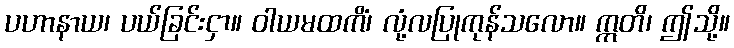
ပဟာနာယ၊ ပယ်ခြင်းငှာ။ ဝါယမထကိံ၊ လုံ့လပြုကုန်သလော။ ဣတိ၊ ဤသို့။